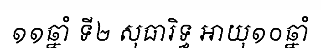
១១ឆ្នាំ ទី២ សុធារិទ្ធ អាយុ១០ឆ្នាំ